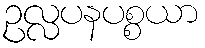
ဥလ္လပနပစ္စယာ